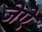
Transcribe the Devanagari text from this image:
जेऐ